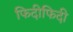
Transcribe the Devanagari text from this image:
फिदीफिदी